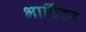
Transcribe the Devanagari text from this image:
भार्तिंदर